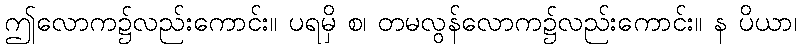
ဤလောက၌လည်းကောင်း။ ပရမှိ စ၊ တမလွန်လောက၌လည်းကောင်း။ န ပိယာ၊